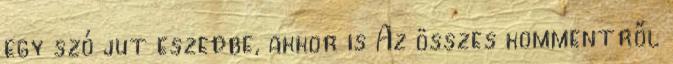
egy szó jut eszedbe, akkor is Az összes kommentről